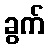
ခွက်